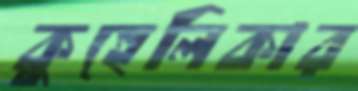
কুহেলিকার